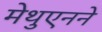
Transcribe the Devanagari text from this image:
मेथुएनने